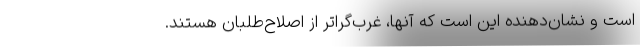
است و نشان‌دهنده این است که آنها، غرب‌گراتر از اصلاح‌طلبان هستند.